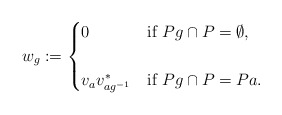
\begin{align*}w_{g}:= \begin{cases} 0 & \mbox{if~} Pg \cap P=\emptyset, \cr & \cr v_{a}v_{ag^{-1}}^{*} & \mbox{if~} Pg \cap P =Pa. \end{cases}\end{align*}